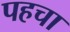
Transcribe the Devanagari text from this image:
पहचा